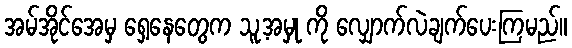
အမ်အိုင်အေမှ ရှေ့နေတွေက သူ့အမှု ကို လျှောက်လဲချက်ပေးကြမည်။